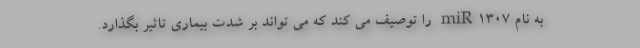
به نام miR۱۳۰۷ را توصیف می کند که می تواند بر شدت بیماری تاثیر بگذارد.